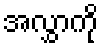
အလွှာကို